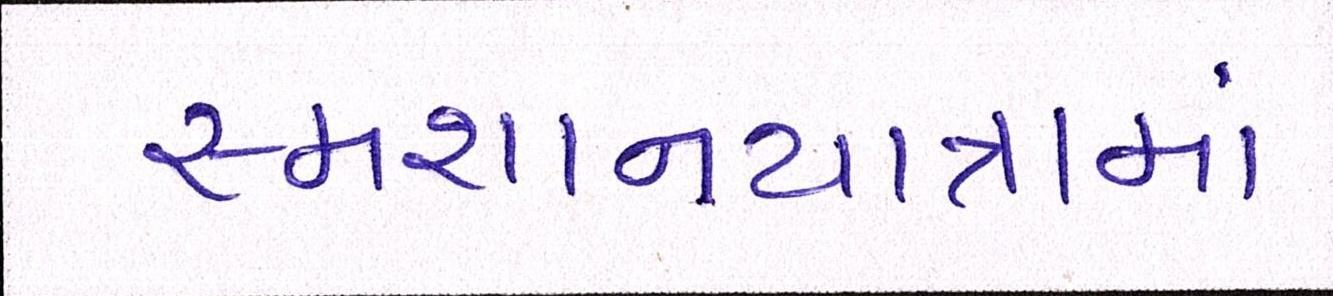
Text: સ્મશાનયાત્રામાં